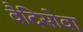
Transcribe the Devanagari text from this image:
वैदिसोवा